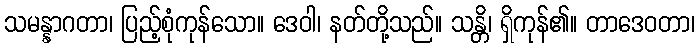
သမန္နာဂတာ၊ ပြည့်စုံကုန်သော။ ဒေဝါ၊ နတ်တို့သည်။ သန္တိ၊ ရှိကုန်၏။ တာဒေဝတာ၊